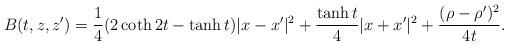
LaTeX: \begin{align*} B(t, z, z')=\frac{1}{4}(2\coth2t-\tanh t)|x-x'|^2+\frac{\tanh t}{4} |x+x'|^2+\frac{(\rho-\rho')^2}{4t}.\end{align*}